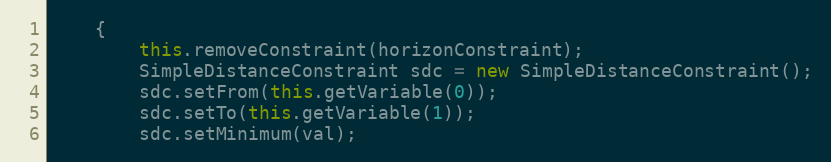
Language: Java
	{
		this.removeConstraint(horizonConstraint);
		SimpleDistanceConstraint sdc = new SimpleDistanceConstraint();
		sdc.setFrom(this.getVariable(0));
		sdc.setTo(this.getVariable(1));
		sdc.setMinimum(val);